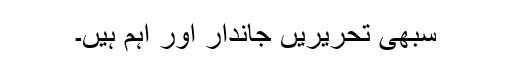
سبھی تحریریں جاندار اور اہم ہیں۔